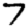
Digit: 7